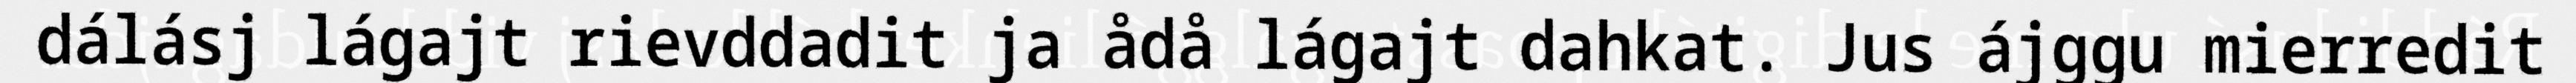
dálásj lágajt rievddadit ja ådå lágajt dahkat. Jus ájggu mierredit